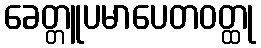
ခေတ္တူပမာပေတဝတ္ထု